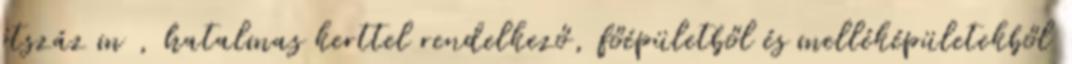
ötszáz m , hatalmas kerttel rendelkező, főépületből és melléképületekből